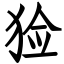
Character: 猃